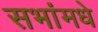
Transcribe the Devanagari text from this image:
सभांमधे